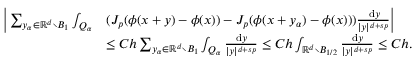
\begin{array} { r l } { \bigg | \sum _ { y _ { \alpha } \in \ensuremath { \mathbb { R } } ^ { d } \setminus B _ { 1 } } \int _ { Q _ { \alpha } } } & { ( J _ { p } ( \phi ( x + y ) - \phi ( x ) ) - J _ { p } ( \phi ( x + y _ { \alpha } ) - \phi ( x ) ) ) \frac { \, \mathrm { d } y } { | y | ^ { d + s p } } \bigg | } \\ & { \leq C h \sum _ { y _ { \alpha } \in \ensuremath { \mathbb { R } } ^ { d } \setminus B _ { 1 } } \int _ { Q _ { \alpha } } \frac { \, \mathrm { d } y } { | y | ^ { d + s p } } \leq C h \int _ { \ensuremath { \mathbb { R } } ^ { d } \setminus B _ { 1 / 2 } } \frac { \, \mathrm { d } y } { | y | ^ { d + s p } } \leq C h . } \end{array}